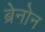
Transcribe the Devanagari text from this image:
ब्रेनोन